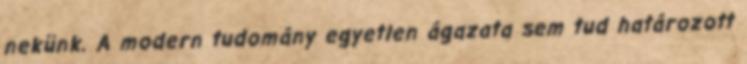
nekünk. A modern tudomány egyetlen ágazata sem tud határozott